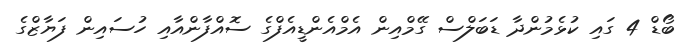
ބޯޑް 4 ގައި ކުޅެމުންދާ ޑަބަލްސް ގޭމްއިން އެމްއެންޑީއެފްގެ ސޮއްފާންއާއި ހުސައިން ފަޔާޒްގެ